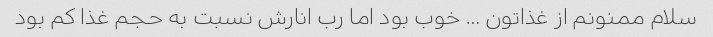
سلام ممنونم از غذاتون … خوب بود اما رب انارش نسبت به حجم غذا کم بود